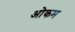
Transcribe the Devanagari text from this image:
ओकम